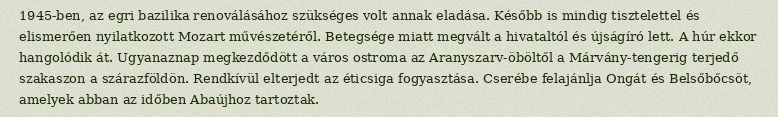
1945-ben, az egri bazilika renoválásához szükséges volt annak eladása. Később is mindig tisztelettel és elismerően nyilatkozott Mozart művészetéről. Betegsége miatt megvált a hivataltól és újságíró lett. A húr ekkor hangolódik át. Ugyanaznap megkezdődött a város ostroma az Aranyszarv-öböltől a Márvány-tengerig terjedő szakaszon a szárazföldön. Rendkívül elterjedt az éticsiga fogyasztása. Cserébe felajánlja Ongát és Belsőbőcsöt, amelyek abban az időben Abaújhoz tartoztak.